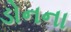
ડોનના